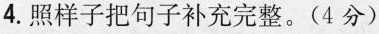
4. 照样子把句子补充完整。(4分)